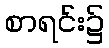
စာရင်း၌